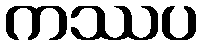
ကဿပ